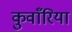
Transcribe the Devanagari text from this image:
कुवाँरिया